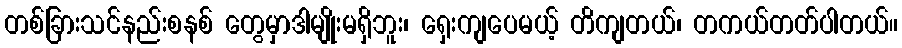
တစ်ခြားသင်နည်းစနစ် တွေမှာဒါမျိုးမရှိဘူး၊ ရှေးကျပေမယ့် တိကျတယ်၊ တကယ်တတ်ပါတယ်။